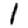
Digit: 1